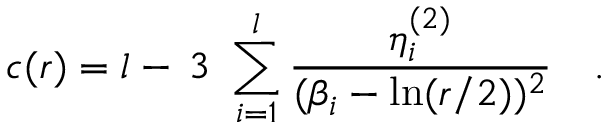
c ( r ) = l - \, 3 \, \, \sum _ { i = 1 } ^ { l } \frac { \eta _ { i } ^ { ( 2 ) } } { ( \beta _ { i } - \ln ( r / 2 ) ) ^ { 2 } } \quad .